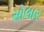
સોલાર